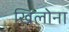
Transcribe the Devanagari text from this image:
खिलोना